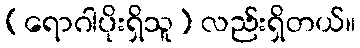
(ရောဂါပိုးရှိသူ) လည်းရှိတယ်။